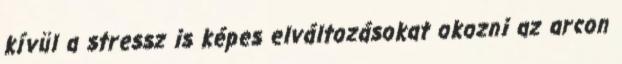
kívül a stressz is képes elváltozásokat okozni az arcon